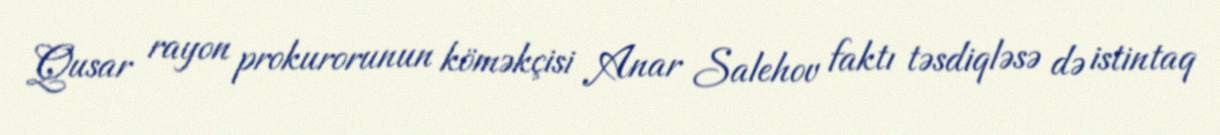
Qusar rayon prokurorunun köməkçisi Anar Salehov faktı təsdiqləsə də istintaq